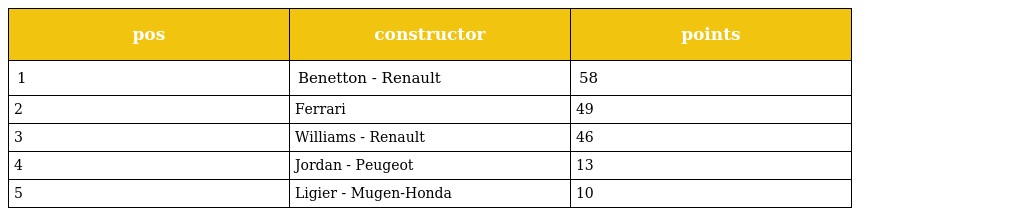
| pos | constructor | points |
 | --- | --- | --- |
 | 1 | Benetton - Renault | 58 |
 | 2 | Ferrari | 49 |
 | 3 | Williams - Renault | 46 |
 | 4 | Jordan - Peugeot | 13 |
 | 5 | Ligier - Mugen-Honda | 10 |